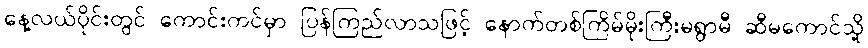
နေ့လယ်ပိုင်းတွင် ကောင်းကင်မှာ ပြန်ကြည်လာသဖြင့် နောက်တစ်ကြိမ်မိုးကြီးမရွာမီ ဆီမကောင်သို့